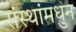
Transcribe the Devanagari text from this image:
संस्थांमधुन